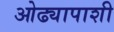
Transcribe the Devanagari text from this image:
ओढ्यापाशी